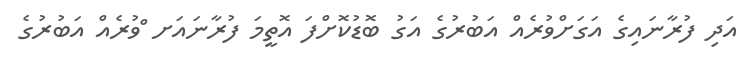
އަދި ފުރާނައިގެ އަގަށްވުރެއް އަބުރުގެ އަގު ބޮޑުކޮށްފަ އޮތީމަ ފުރާނައަށ ްވުރެއް އަބުރުގެ